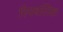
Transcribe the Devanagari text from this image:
रिपबलिक